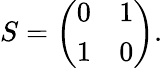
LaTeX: S={\left(\begin{array}{ll}{0}&{1}\\ {1}&{0}\end{array}\right)}.